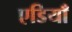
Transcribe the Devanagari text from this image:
एडियाँ